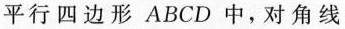
平行四边形ABCD中，对角线